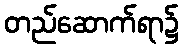
တည်ဆောက်ရာ၌